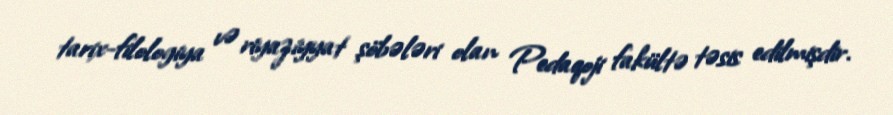
tarix-filologiya və riyaziyyat şöbələri olan Pedaqoji fakültə təsis edilmişdir.